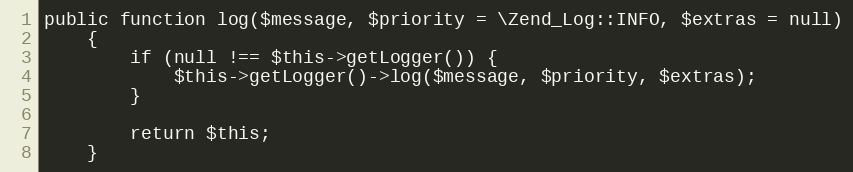
Language: PHP
public function log($message, $priority = \Zend_Log::INFO, $extras = null)
    {
        if (null !== $this->getLogger()) {
            $this->getLogger()->log($message, $priority, $extras);
        }

        return $this;
    }